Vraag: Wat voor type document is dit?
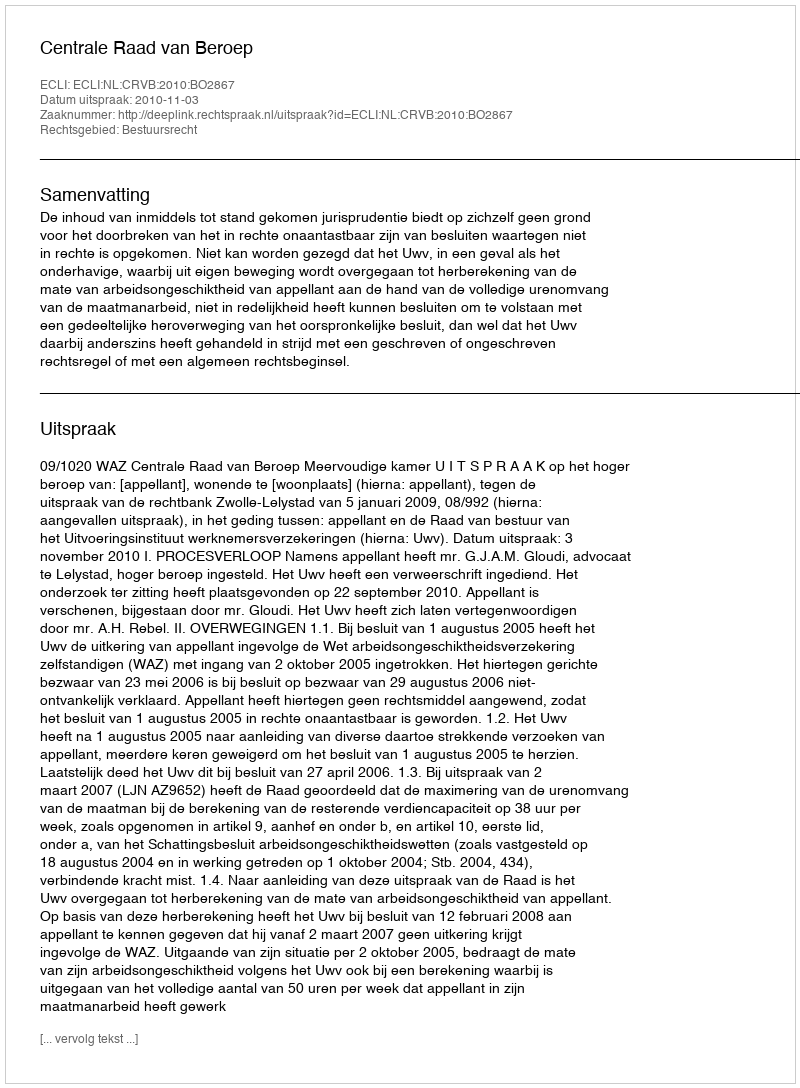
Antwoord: Uitspraak